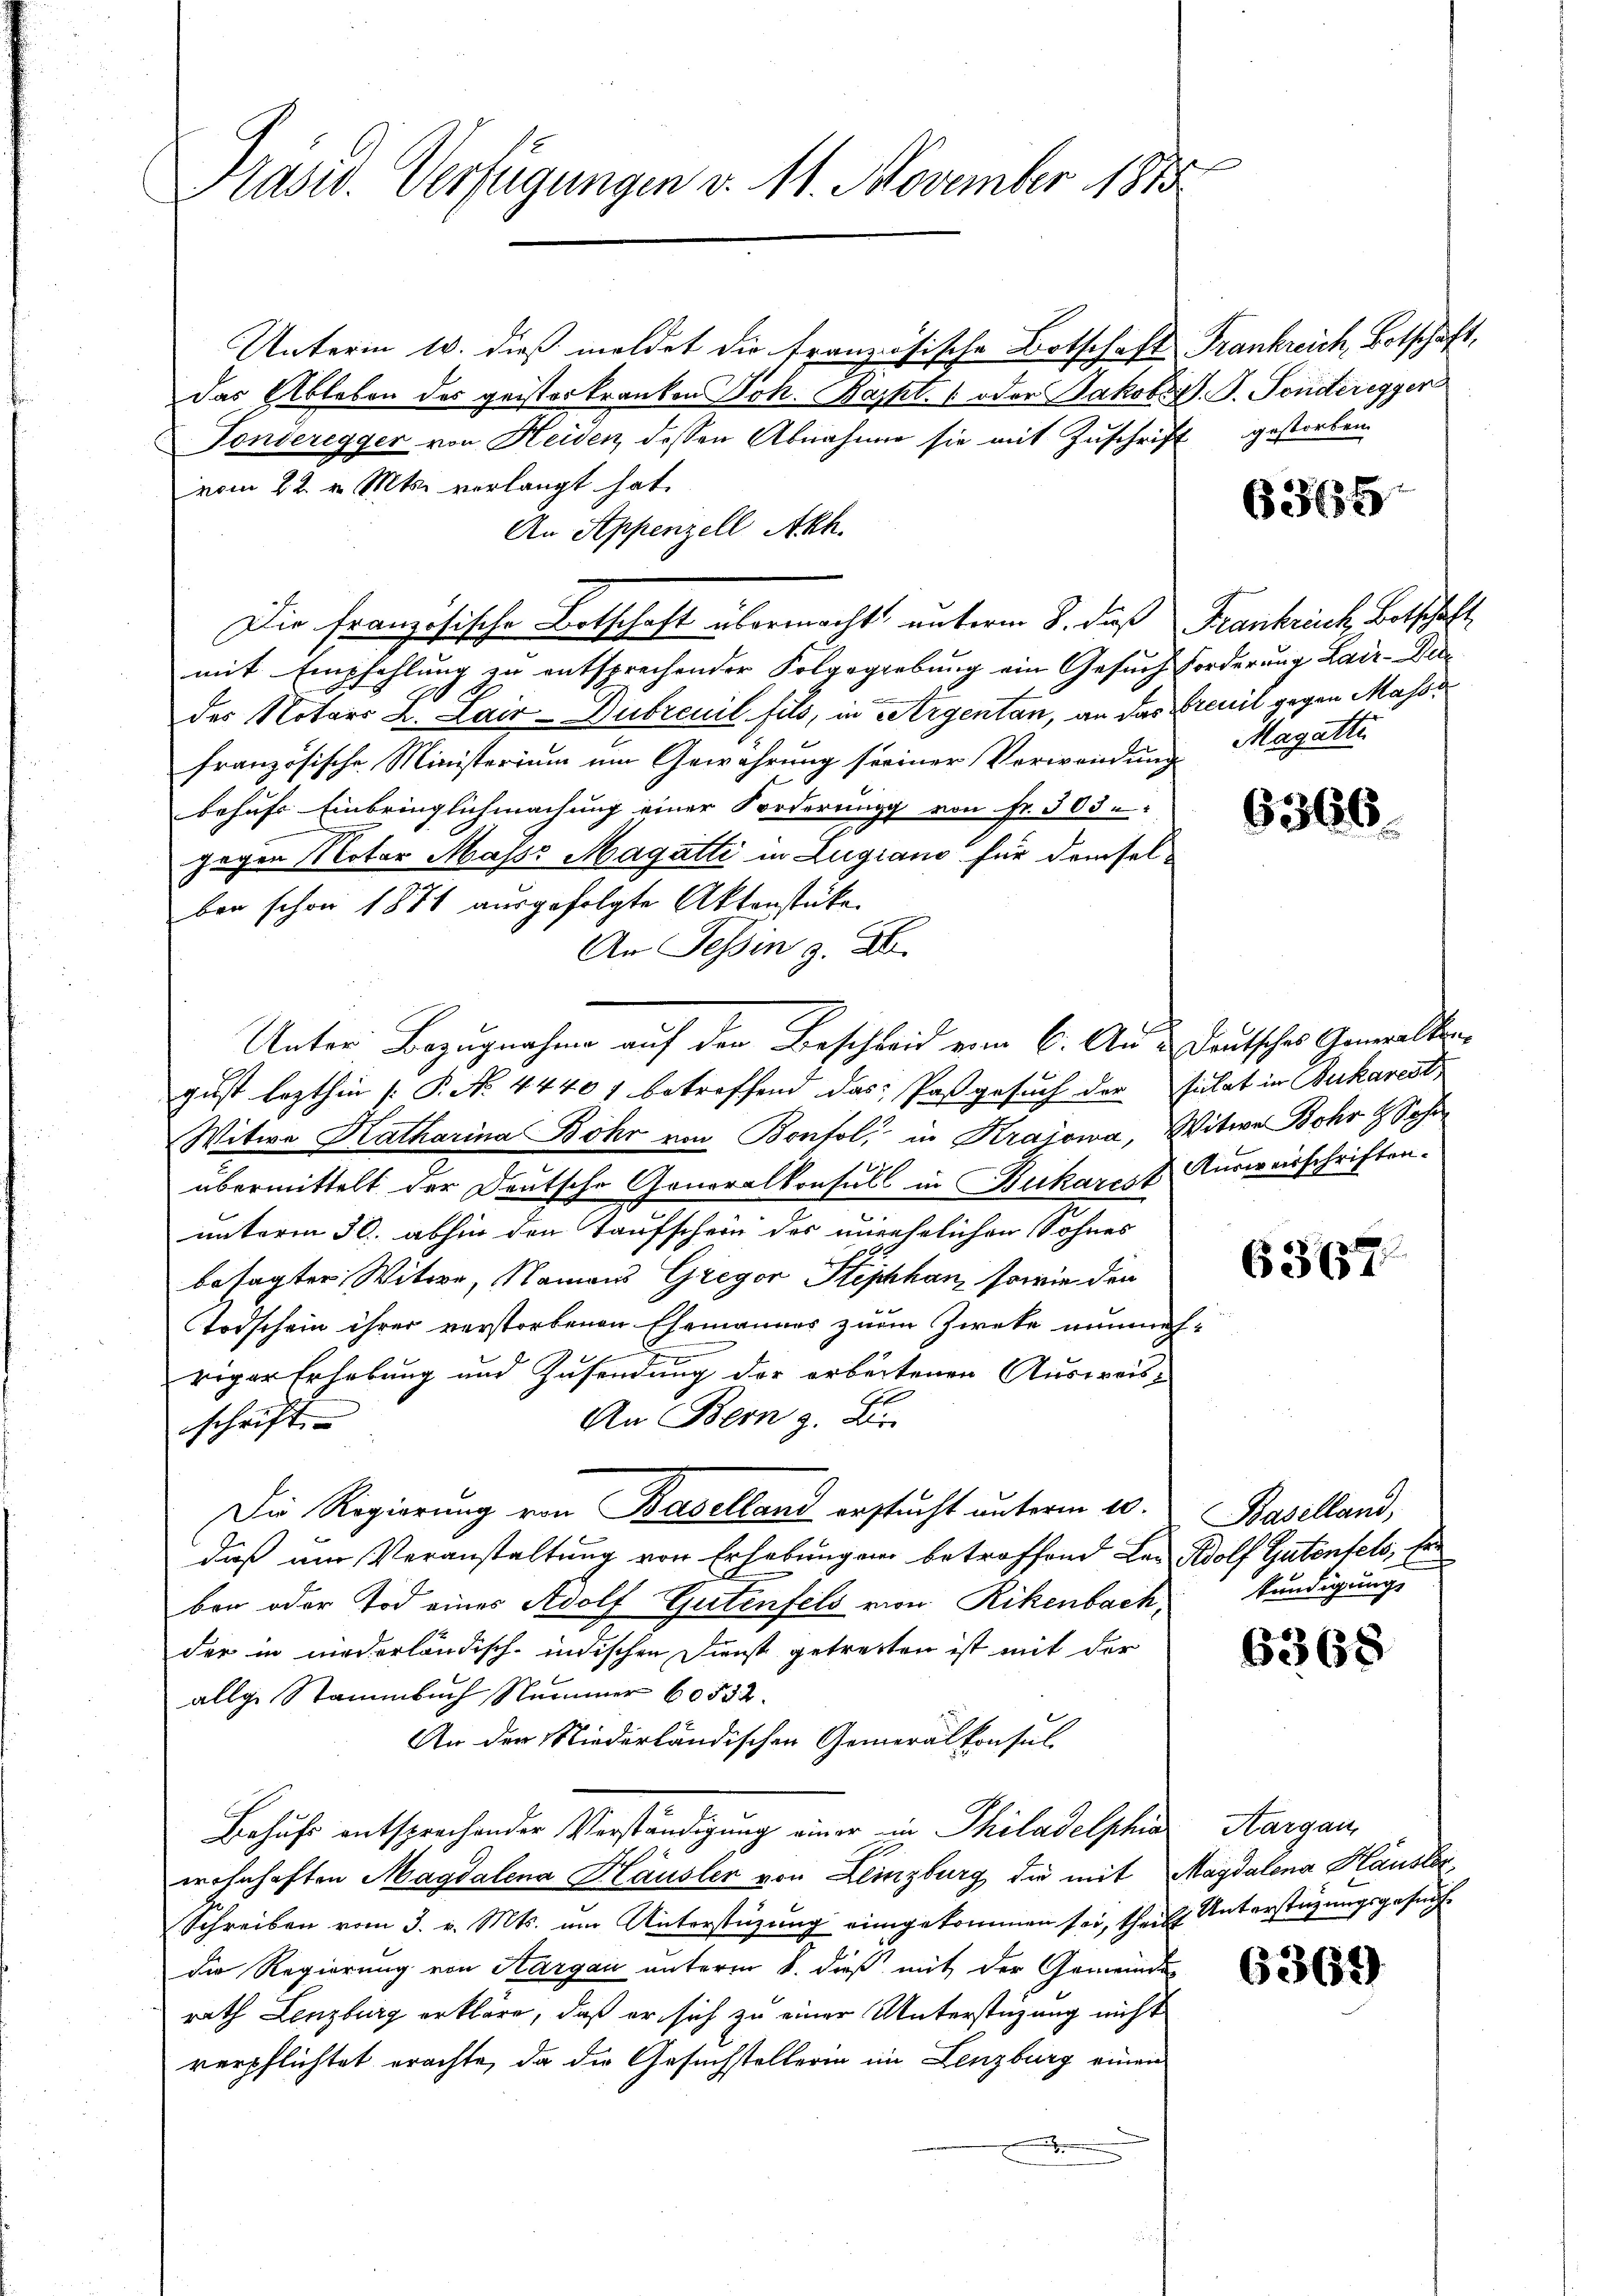
Präsid. Verfügungen v. 11. November 1848

Unterm 10. dieß meldet die französische Botschaft Frankreich, Botschaft,
das Ableben des geisterkranken Joh. Kajkt. 1 oder Jakobers. S. Sonderegger
Tonderegger von Heiden, dessen Abnahmen sie mit Zuschrift
vom 22. v. Mts. verlangt hat.
An Appenzell Akh.
Die französische Botschaft übermacht, unterm 8. daß Frankreich Betschaft
mit Empfehlung zu entsprechender Folgegebung ein Gesuch Forderung Lair-Die¬
.
des Notars K. Lair-Dubreuil fils, in Argentan, an das reuit gegen Massr
französische Ministerium um Gewährung seiner Verwendung
behufs Einbringlichmachung einer Borderung von Fr. 303.
gegen Notar Mass Magatti in Zugiano für demsel-
ben schon 1871 ausgefolgte Aktenstücke
An Tessin z. B.
gust lezthin [P. No 44401 betreffend das Pastgesuch der Juchat in Bukarest
Witwe Katharina Bohr von Bonfol, in Kraiowa, Witwe Bohr Sohn
übermittelt der Deutsche Generalkonsul in Rukarest Ausweisschriften.
unterm 30. abhin den Taufschein des unehelichen Sohnes
besagter Witwe, Namens Gregor Stiphhan, sowie den
Todschein ihrer verstorbenen Ehemannes zum Zweke nunmehriger Erhebung und Zusendung der arbeitenen Ausweis-
An Bern z. Br
schrift
Die Regierung von Baselland erstŭcht unterm 10. Baselland,
daß um Veranstaltung von Erhebungen betroffend Bei Adolf Gutenfels, fer
bon oder Tod eines Adolf Gutenfels von Rikenbach,
der in niederländisch-indischen Dienst getretten ist mit der
allge Stammbuch Nummer 60532.
An der Niederländischen Generalkonsul
Behufs entsprechender Verständigung einer in Philadelphia
wohnhaften Magdalena Häusler von Lenzburg die mit Magdalena Hausler,
Schreiben vom 3. v. Mts. um Unterstüzung eingekommen sei, theilt. Unterstüzungsgesuchdie Regierung von Aargau unterm 8. dieß mit der Gemeinde
rath Lenzburg erkläre, daß er sich zu einer Unterstüzung nicht
verpflichtet erachte, da die Gesuchstellerin im Lenzburg einen
.

Unter Bezugnahme auf den Beschweid vom 6. Aus deutsches Gemeister

gestorben.

6365

Magatte.

6366

6367.

kündigung

6368

Aargau,

6369